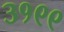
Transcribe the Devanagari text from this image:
३१९९